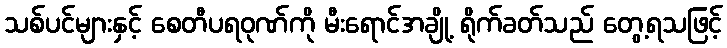
သစ်ပင်များနှင့် စေတီပရဝုဏ်ကို မီးရောင်အချို့ ရိုက်ခတ်သည် တွေ့ရသဖြင့်